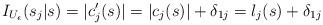
LaTeX: \begin{align*}I_{U_{\epsilon}}(s_j|s)=|c'_j(s)|=|c_j(s)|+\delta_{1j}=l_j(s)+\delta_{1j}\end{align*}